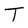
Character: T